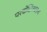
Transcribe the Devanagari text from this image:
परदोक्षिअल्ल्य